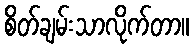
စိတ်ချမ်းသာလိုက်တာ။